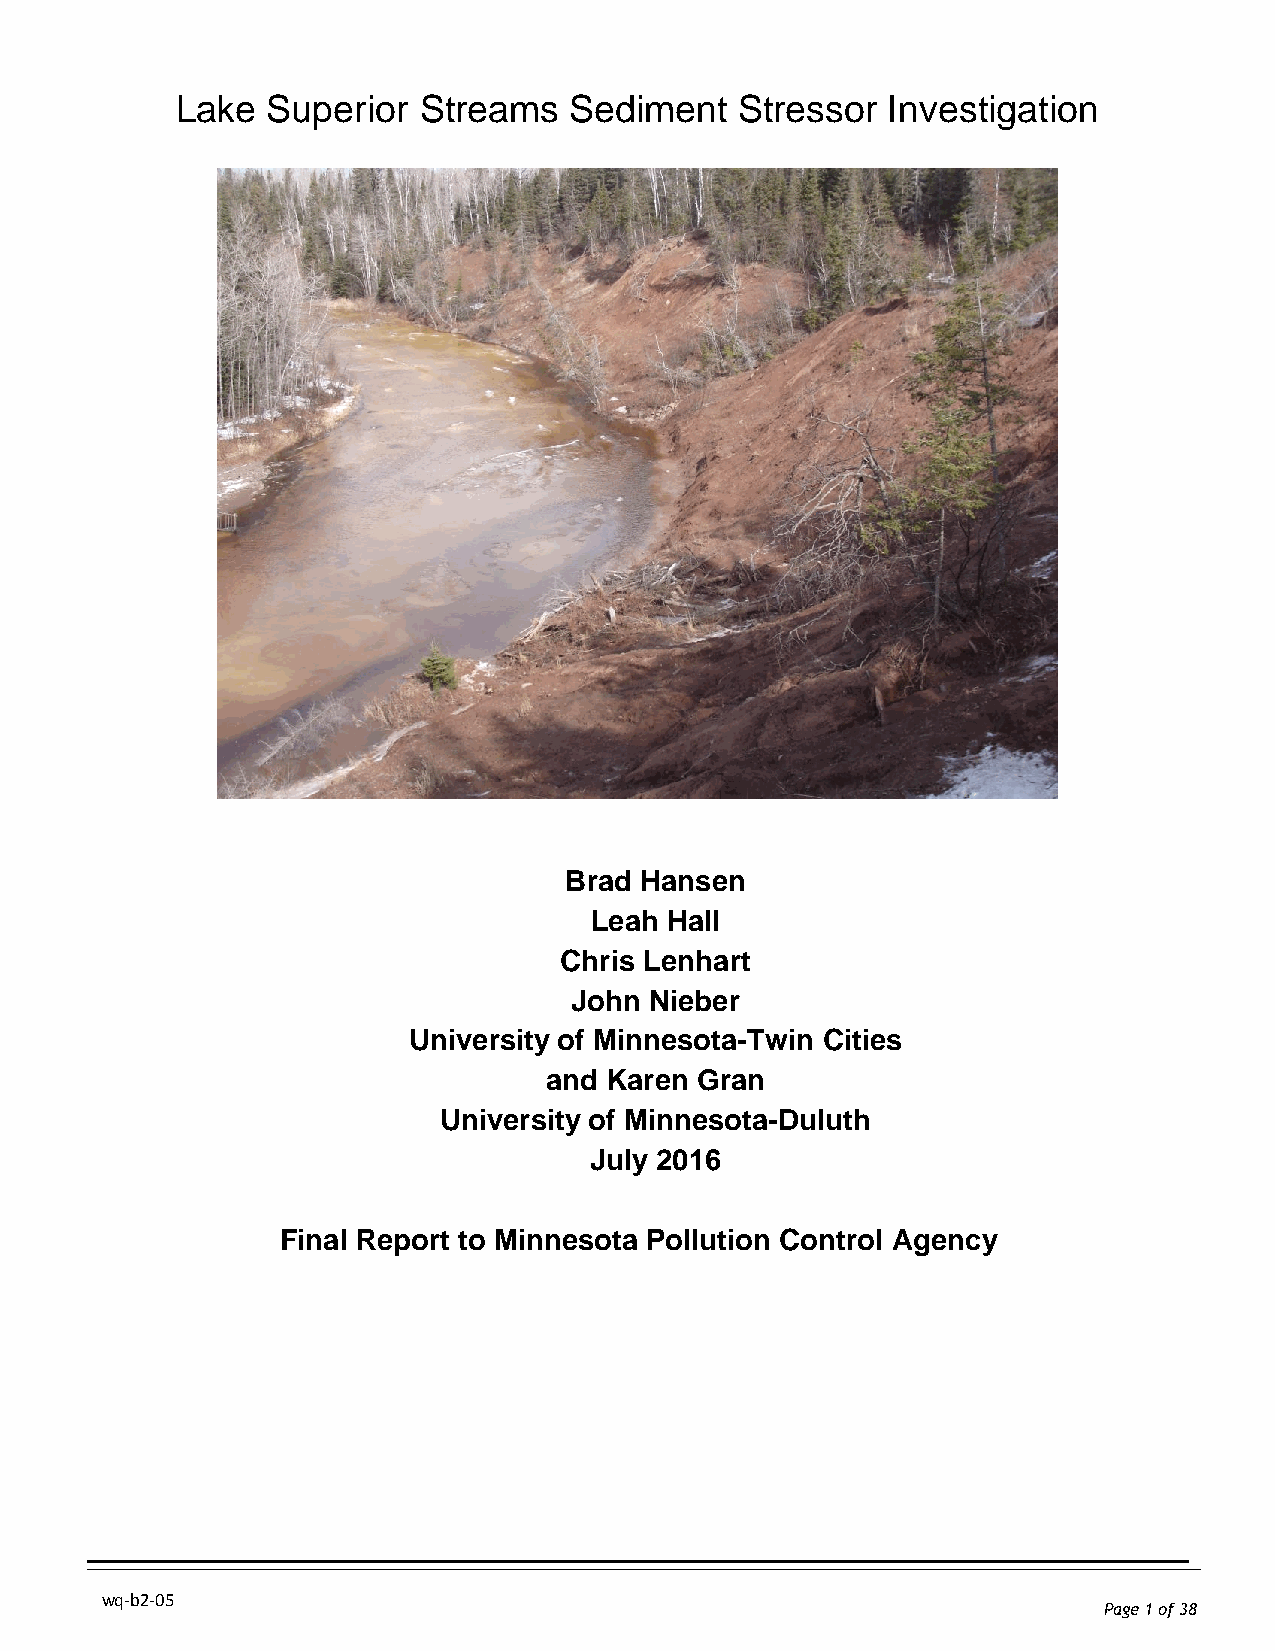
Lake  Superior  Streams   Sediment   Stressor  Investigation
 Bra d Hanse n
 Lea h Ha ll
 Chris Lenhar t
 Joh n Niebe r
 Universit y of Minnesota-Twin Citie s
 an d Kare n Gra n
 Universit y of Minnesota-Dulut h
 Jul y 201 6
 Final Report to Minnesota Pollution Control Agency
 wq-b2-05
 Page 1 of 38